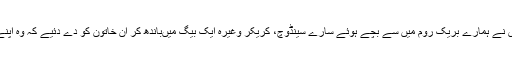
شیری میری نرس نے ہمارے بریک روم میں سے بچے ہوئے سارے سینڈوچ، کریکر وغیرہ ایک بیگ میں‌باندھ کر ان خاتون کو دے دئیے کہ وہ اپنے ساتھ لے جائے۔